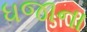
ધજાના